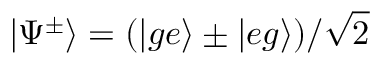
| \Psi ^ { \pm } \rangle = ( | g e \rangle \pm | e g \rangle ) / \sqrt { 2 }